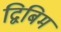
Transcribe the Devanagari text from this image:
द्विबिम